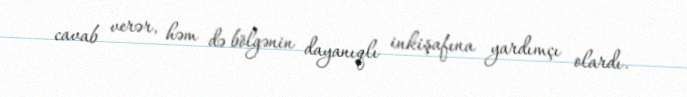
cavab verər, həm də bölgənin dayanıqlı inkişafına yardımçı olardı.